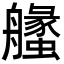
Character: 𦪶